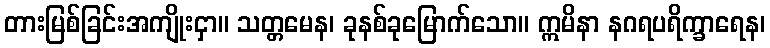
တားမြစ်ခြင်းအကျိုးငှာ။ သတ္တမေန၊ ခုနစ်ခုမြောက်သော။ ဣမိနာ နဂရပရိက္ခာရေန၊